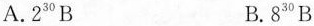
A.23^{30}B B.8^{30}B